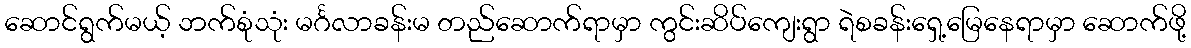
ဆောင်ရွက်မယ့် ဘက်စုံသုံး မင်္ဂလာခန်းမ တည်ဆောက်ရာမှာ ကွင်းဆိပ်ကျေးရွာ ရဲစခန်းရှေ့မြေနေရာမှာ ဆောက်ဖို့